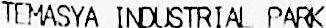
TEMASYA INDUSTRIAL PARK